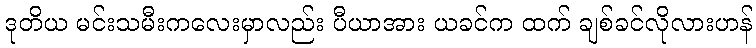
ဒုတိယ မင်းသမီးကလေးမှာလည်း ပီယာအား ယခင်က ထက် ချစ်ခင်လိုလားဟန်